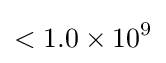
<1.0\times 10^{9}